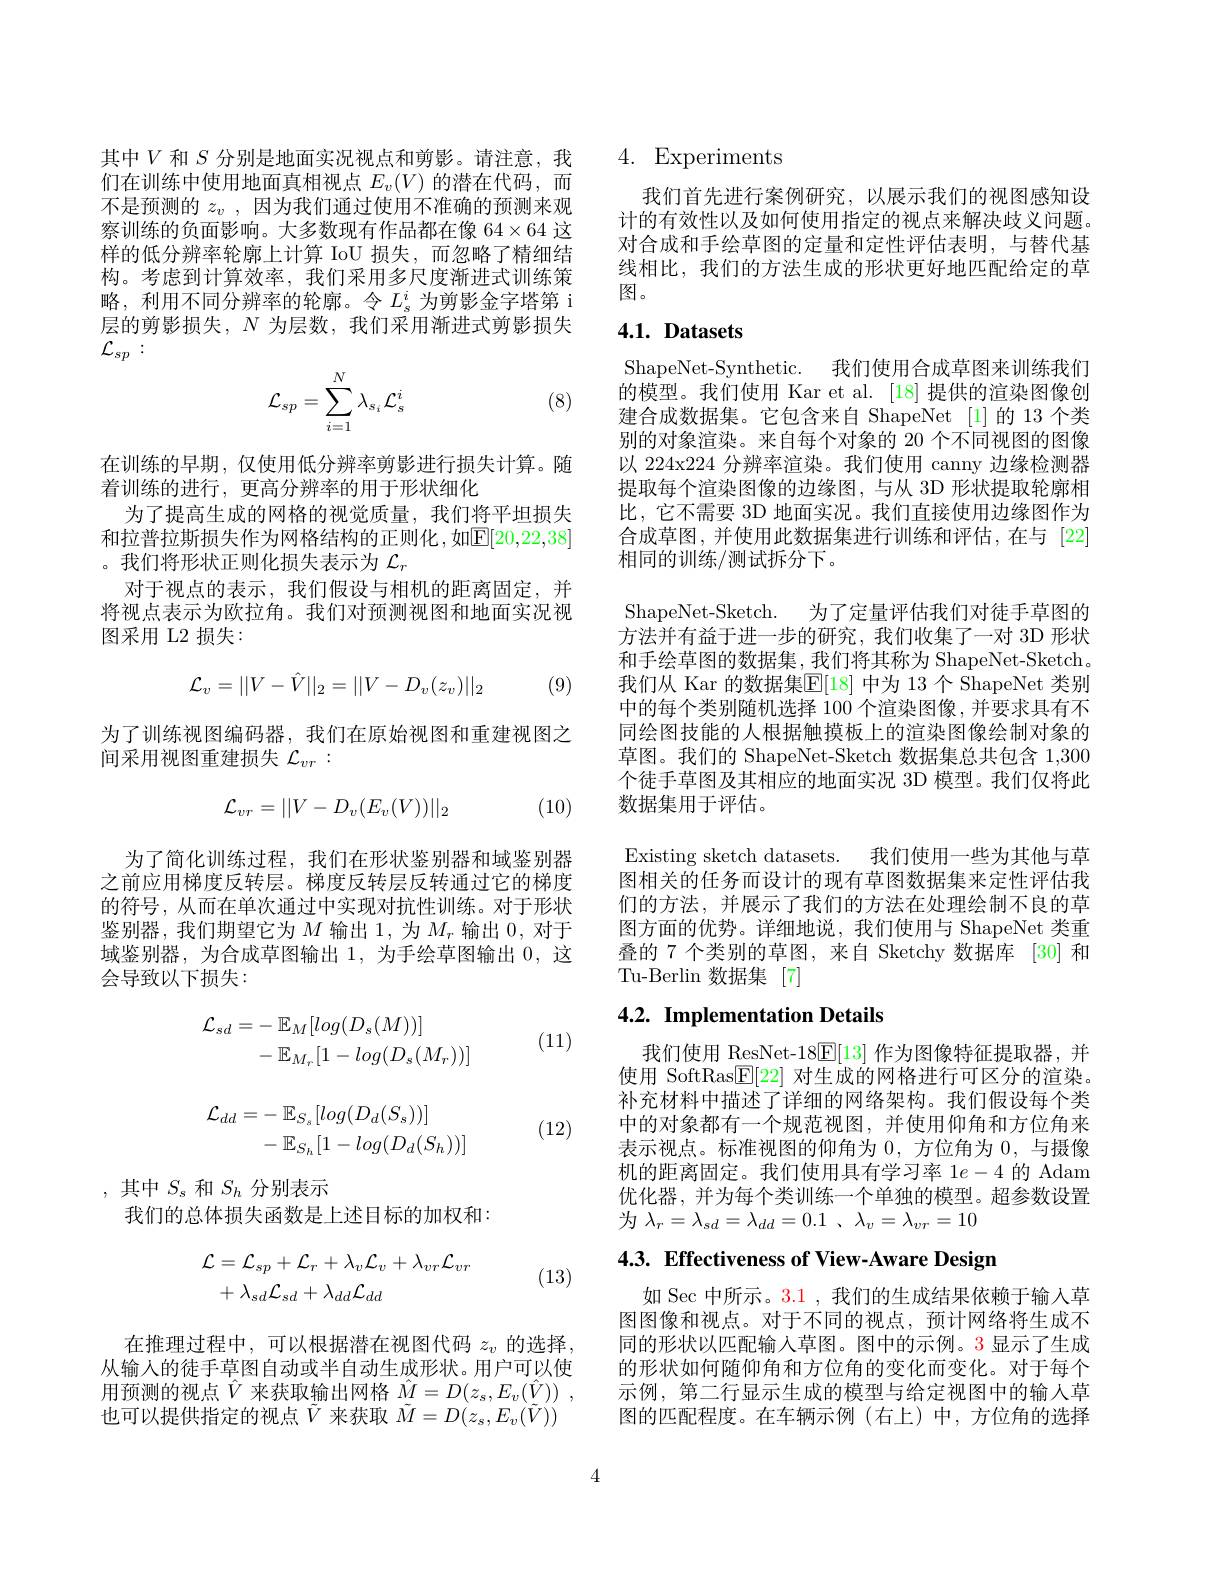
其中$V$和$S$分别是地面实况视点和剪影。请注意，我们在训练中使用地面真相视点$E_v(V)$的潜在代码，而不是预测的$z_v$,因为我们通过使用不准确的预测来观察训练的负面影响。大多数现有作品都在像 64×64 这样的低分辨率轮廓上计算 IoU 损失，而忽略了精细结构。考虑到计算效率，我们采用多尺度渐进式训练策略，利用不同分辨率的轮廓。令$L_\mathrm{s}^i$为剪影金字塔第 i 层的剪影损失，$N$为层数，我们采用渐进式剪影损失${\mathcal{L} }_{sp}$ :

(8)
$$\mathcal{L}_{sp}=\sum_{i=1}^N\lambda_{s_i}\mathcal{L}_s^i$$
在训练的早期，仅使用低分辨率剪影进行损失计算。随
着训练的进行，更高分辨率的用于形状细化
为了提高生成的网格的视觉质量，我们将平坦损失和拉普拉斯损失作为网格结构的正则化，如$\mathbb{E}[20,22,38]$ 。我们将形状正则化损失表示为$\mathcal{L}_r$
对于视点的表示，我们假设与相机的距离固定，并将视点表示为欧拉角。我们对预测视图和地面实况视图采用 L2 损失：
$$\mathcal{L}_{v}=||V-\hat{V}||_{2}=||V-D_{v}(z_{v})||_{2}$$
(9)

为了训练视图编码器，我们在原始视图和重建视图之
间采用视图重建损失$\mathcal{L}_vr:$
$$\mathcal{L}_{vr}=||V-D_{v}(E_{v}(V))||_{2}$$
(10)

为了简化训练过程，我们在形状鉴别器和域鉴别器之前应用梯度反转层。梯度反转层反转通过它的梯度的符号，从而在单次通过中实现对抗性训练。对于形状鉴别器，我们期望它为$M$输出1，为$M_r$输出0，对于域鉴别器，为合成草图输出1，为手绘草图输出0，这会导致以下损失：
$$\begin{aligned}\mathcal{L}_{sd}&=-\:\mathbb{E}_{M}[log(D_{s}(M))]\\&-\mathbb{E}_{M_{r}}[1-log(D_{s}(M_{r}))]\\\mathcal{L}_{dd}&=-\:\mathbb{E}_{S_{s}}[log(D_{d}(S_{s}))]\\&-\:\mathbb{E}_{S_{h}}[1-log(D_{d}(S_{h}))]\end{aligned}$$
(11)

(12)

,其中$S_s$ 和$S_h$ 分别表示
我们的总体损失函数是上述目标的加权和：
$$\begin{aligned}\mathcal{L}&=\mathcal{L}_{sp}+\mathcal{L}_{r}+\lambda_{v}\mathcal{L}_{v}+\lambda_{vr}\mathcal{L}_{vr}\\&+\lambda_{sd}\mathcal{L}_{sd}+\lambda_{dd}\mathcal{L}_{dd}\end{aligned}$$
(13)

在推理过程中，可以根据潜在视图代码$z_v$的选择， 从输入的徒手草图自动或半自动生成形状。用户可以使用预测的视点$\hat{V}$来获取输出网格$\hat{M}=D(z_s,E_v(\hat{V}))~$, 也可以提供指定的视点$\tilde{V}$来获取$\tilde{M}=D(z_s,E_v(\tilde{V}))$

## 4. Experiments

我们首先进行案例研究，以展示我们的视图感知设计的有效性以及如何使用指定的视点来解决歧义问题。对合成和手绘草图的定量和定性评估表明，与替代基线相比，我们的方法生成的形状更好地匹配给定的草图。

## 4.1. Datasets

ShapeNet-Synthetic. 我们使用合成草图来训练我们的模型。我们使用 Kar et al. [18] 提供的渲染图像创建合成数据集。它包含来自 ShapeNet [1]的 13 个类别的对象渲染。来自每个对象的 20 个不同视图的图像以 224x224 分辨率渲染。我们使用 canny 边缘检测器提取每个渲染图像的边缘图，与从 3D 形状提取轮廓相比，它不需要 3D 地面实况。我们直接使用边缘图作为合成草图，并使用此数据集进行训练和评估，在与[22] 相同的训练/测试拆分下。

ShapeNet-Sketch. 为了定量评估我们对徒手草图的方法并有益于进一步的研究，我们收集了一对 3D 形状和手绘草图的数据集，我们将其称为 ShapeNet-Sketch。我们从 Kar 的数据集$\mathbb{E}[18]$ 中为 13 个 ShapeNet 类别中的每个类别随机选择 100 个渲染图像，并要求具有不同绘图技能的人根据触摸板上的渲染图像绘制对象的草图。我们的 ShapeNet-Sketch 数据集总共包含 1,300个徒手草图及其相应的地面实况 3D 模型。我们仅将此数据集用于评估。
Existing sketch datasets. 我们使用一些为其他与草图相关的任务而设计的现有草图数据集来定性评估我们的方法，并展示了我们的方法在处理绘制不良的草图方面的优势。详细地说，我们使用与 ShapeNet 类重叠的 7 个类别的草图，来自 Sketchy 数据库 [30] 和Tu-Berlin 数据集 [7]

# 4.2. Implementation Details

我们使用 ResNet-18$\underline{\mathrm{F}}[13]$作为图像特征提取器，并使用 SoftRas$\mathbb{E}[22]$对生成的网格进行可区分的渲染。补充材料中描述了详细的网络架构。我们假设每个类中的对象都有一个规范视图，并使用仰角和方位角来表示视点。标准视图的仰角为0，方位角为0，与摄像机的距离固定。我们使用具有学习率 1$e-4$的 Adam 优化器，并为每个类训练一个单独的模型。超参数设置为$\lambda _r= \lambda _{sd}= \lambda _{dd}= 0. 1$ , $\lambda _{v}= \lambda _{vr}= 10$

4.3. Effectiveness of View-Aware Design

如 Sec 中所示。3.1 , 我们的生成结果依赖于输入草图图像和视点。对于不同的视点，预计网络将生成不同的形状以匹配输入草图。图中的示例。3 显示了生成的形状如何随仰角和方位角的变化而变化。对于每个示例，第二行显示生成的模型与给定视图中的输入草图的匹配程度。在车辆示例(右上)中，方位角的选择